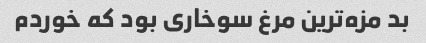
بد مزه‌ترین مرغ سوخاری بود که خوردم